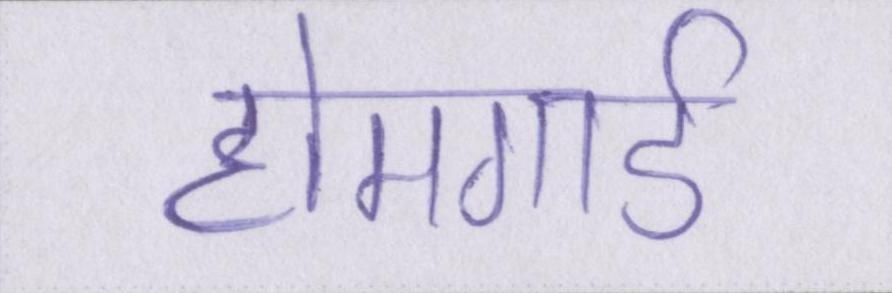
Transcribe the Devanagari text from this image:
होमगार्ड